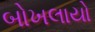
બોખલાયો